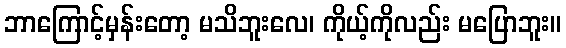
ဘာကြောင့်မှန်းတော့ မသိဘူးလေ၊ ကိုယ့်ကိုလည်း မပြောဘူး။